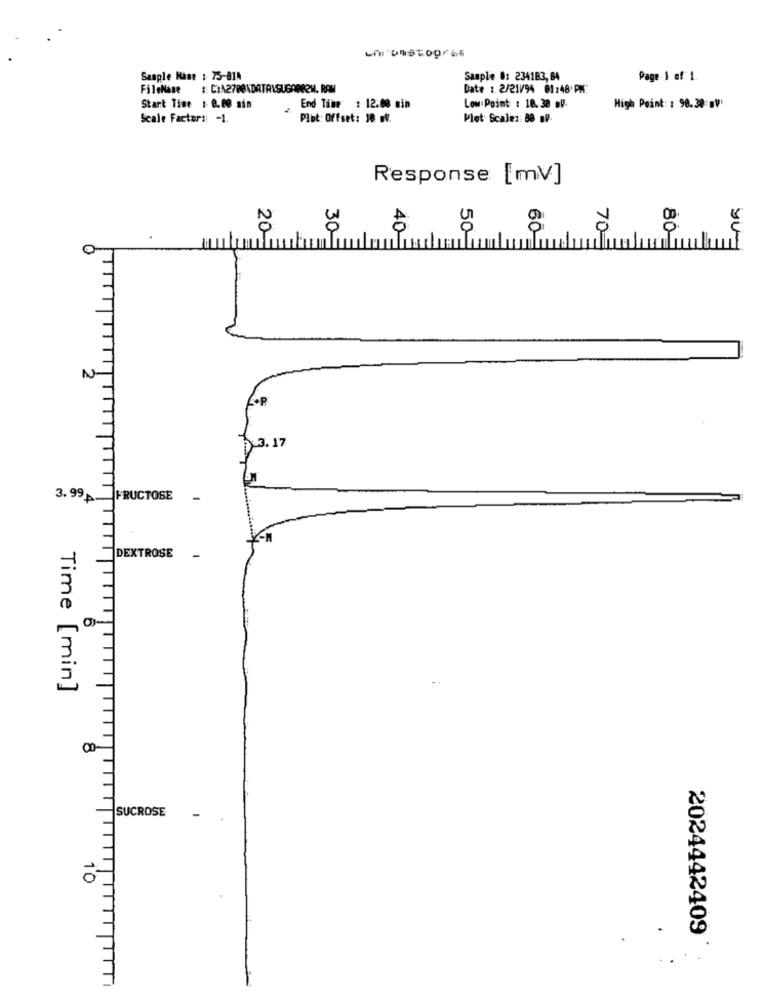
Sample Name : 75-81A
Sample #: 234183, 84
Page 1 of 1.
Date : 2/21//94 01:48 PM:
Start Time : 0.00 sin
End Time : 12.00 min
Low Point : 18. 30 .V.
High Point: : 98.30: BV'
Scale Factor :: - 1.
Plot: Offset: 10 o.
Plot Scalez: 88 av-
Response [mV]
3
20
40
50
60
à
80
N
3.17
3. 99A-FRUCTOSE -
DEXTROSE
-
Time [min]
8
SUCROSE
10
2024442409